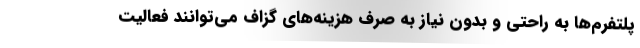
پلتفرم‌ها به راحتی و بدون نیاز به صرف هزینه‌های گزاف می‌توانند فعالیت